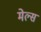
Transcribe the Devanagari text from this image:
मेल्स